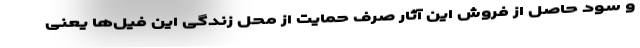
و سود حاصل از فروش این آثار صرف حمایت از محل زندگی این فیل‌ها یعنی